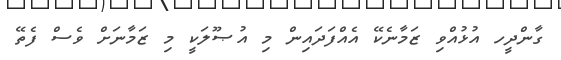
ގާންދީހ އުޅުއްވި ޒަމާނެކޭ އެއްފަދައިން މި އުޞޫލަކީ މި ޒަމާނަށް ވެސް ފެތޭ